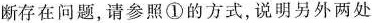
断存在问题，请参照①的方式，说明另外两处